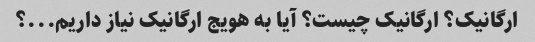
ارگانیک؟ ارگانیک چیست؟ آیا به هویج ارگانیک نیاز داریم...؟